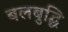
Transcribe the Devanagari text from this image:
बलबुद्धि